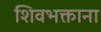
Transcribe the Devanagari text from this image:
शिवभक्ताना